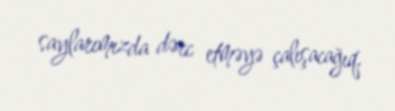
saylarımızda dərc etməyə çalışacağıq.